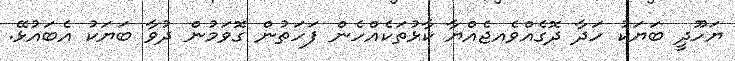
ޔަހޫދީ ބަޔަކު ހަދާ ދޮގެއްވެއޖެއްޔާ ކާޅުތަކެއްހެން ފަހަތުން ގޮވަމުން ދުވާ ބަޔަކު އެބައުޅޭ.